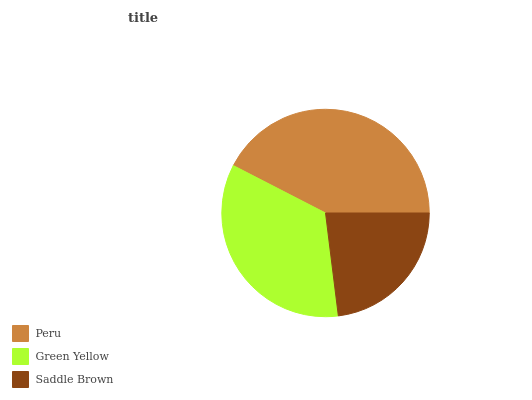
| Peru | Green Yellow | Saddle Brown |
 | --- | --- | --- |
 | 42.4% | 34.5% | 23.1% |